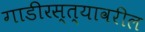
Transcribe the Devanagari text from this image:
गाडीरस्त्यावरील